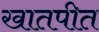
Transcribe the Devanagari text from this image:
खातपीत